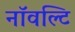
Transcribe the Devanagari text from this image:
नॉवल्टि